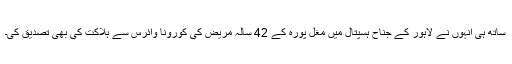
ساتھ ہی انہوں نے لاہور کے جناح ہسپتال میں مغل پورہ کے 42 سالہ مریض کی کورونا وائرس سے ہلاکت کی بھی تصدیق کی۔